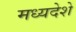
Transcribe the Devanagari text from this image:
मध्यदेशे